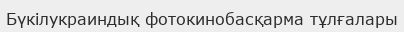
Бүкілукраиндық фотокинобасқарма тұлғалары